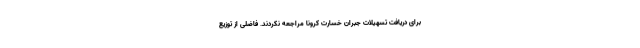
برای دریافت تسهیلات جبران خسارت کرونا مراجعه نکردند. فاضلی از توزیع